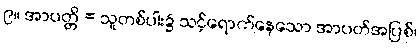
၉။ အာပတ္တိ = သူတစ်ပါး၌ သင့်ရောက်နေသော အာပတ်အပြစ်၊